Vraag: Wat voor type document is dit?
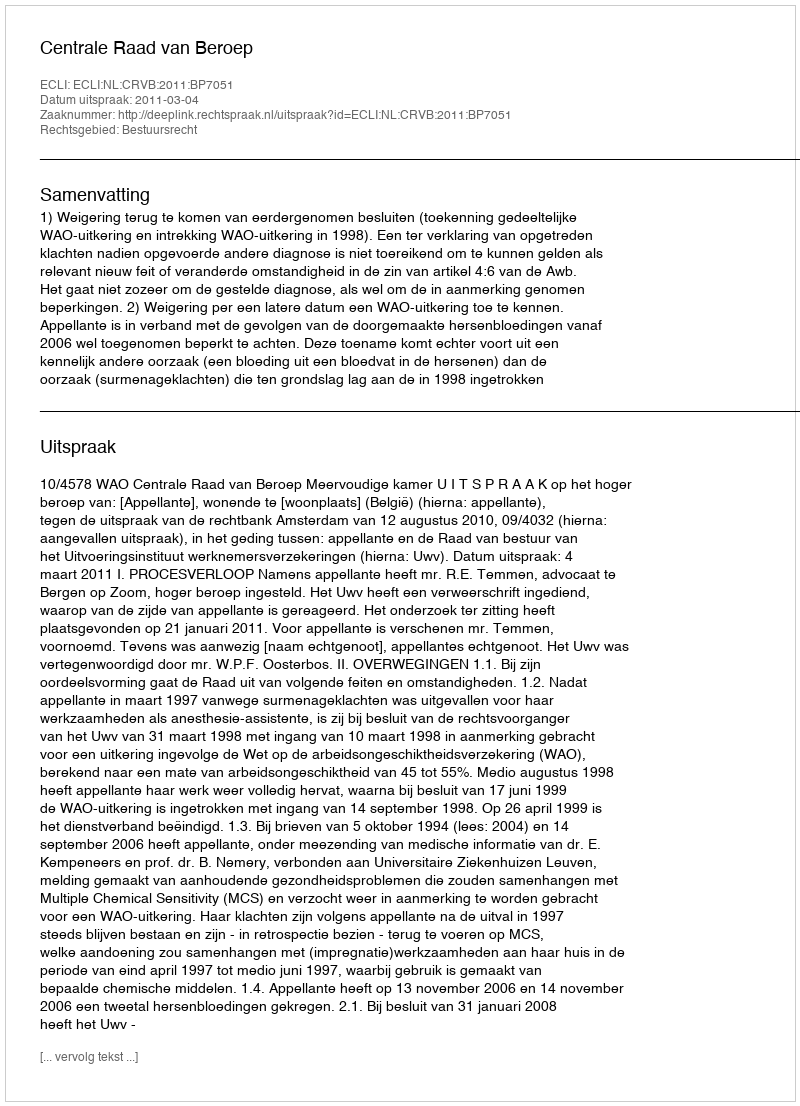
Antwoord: Uitspraak